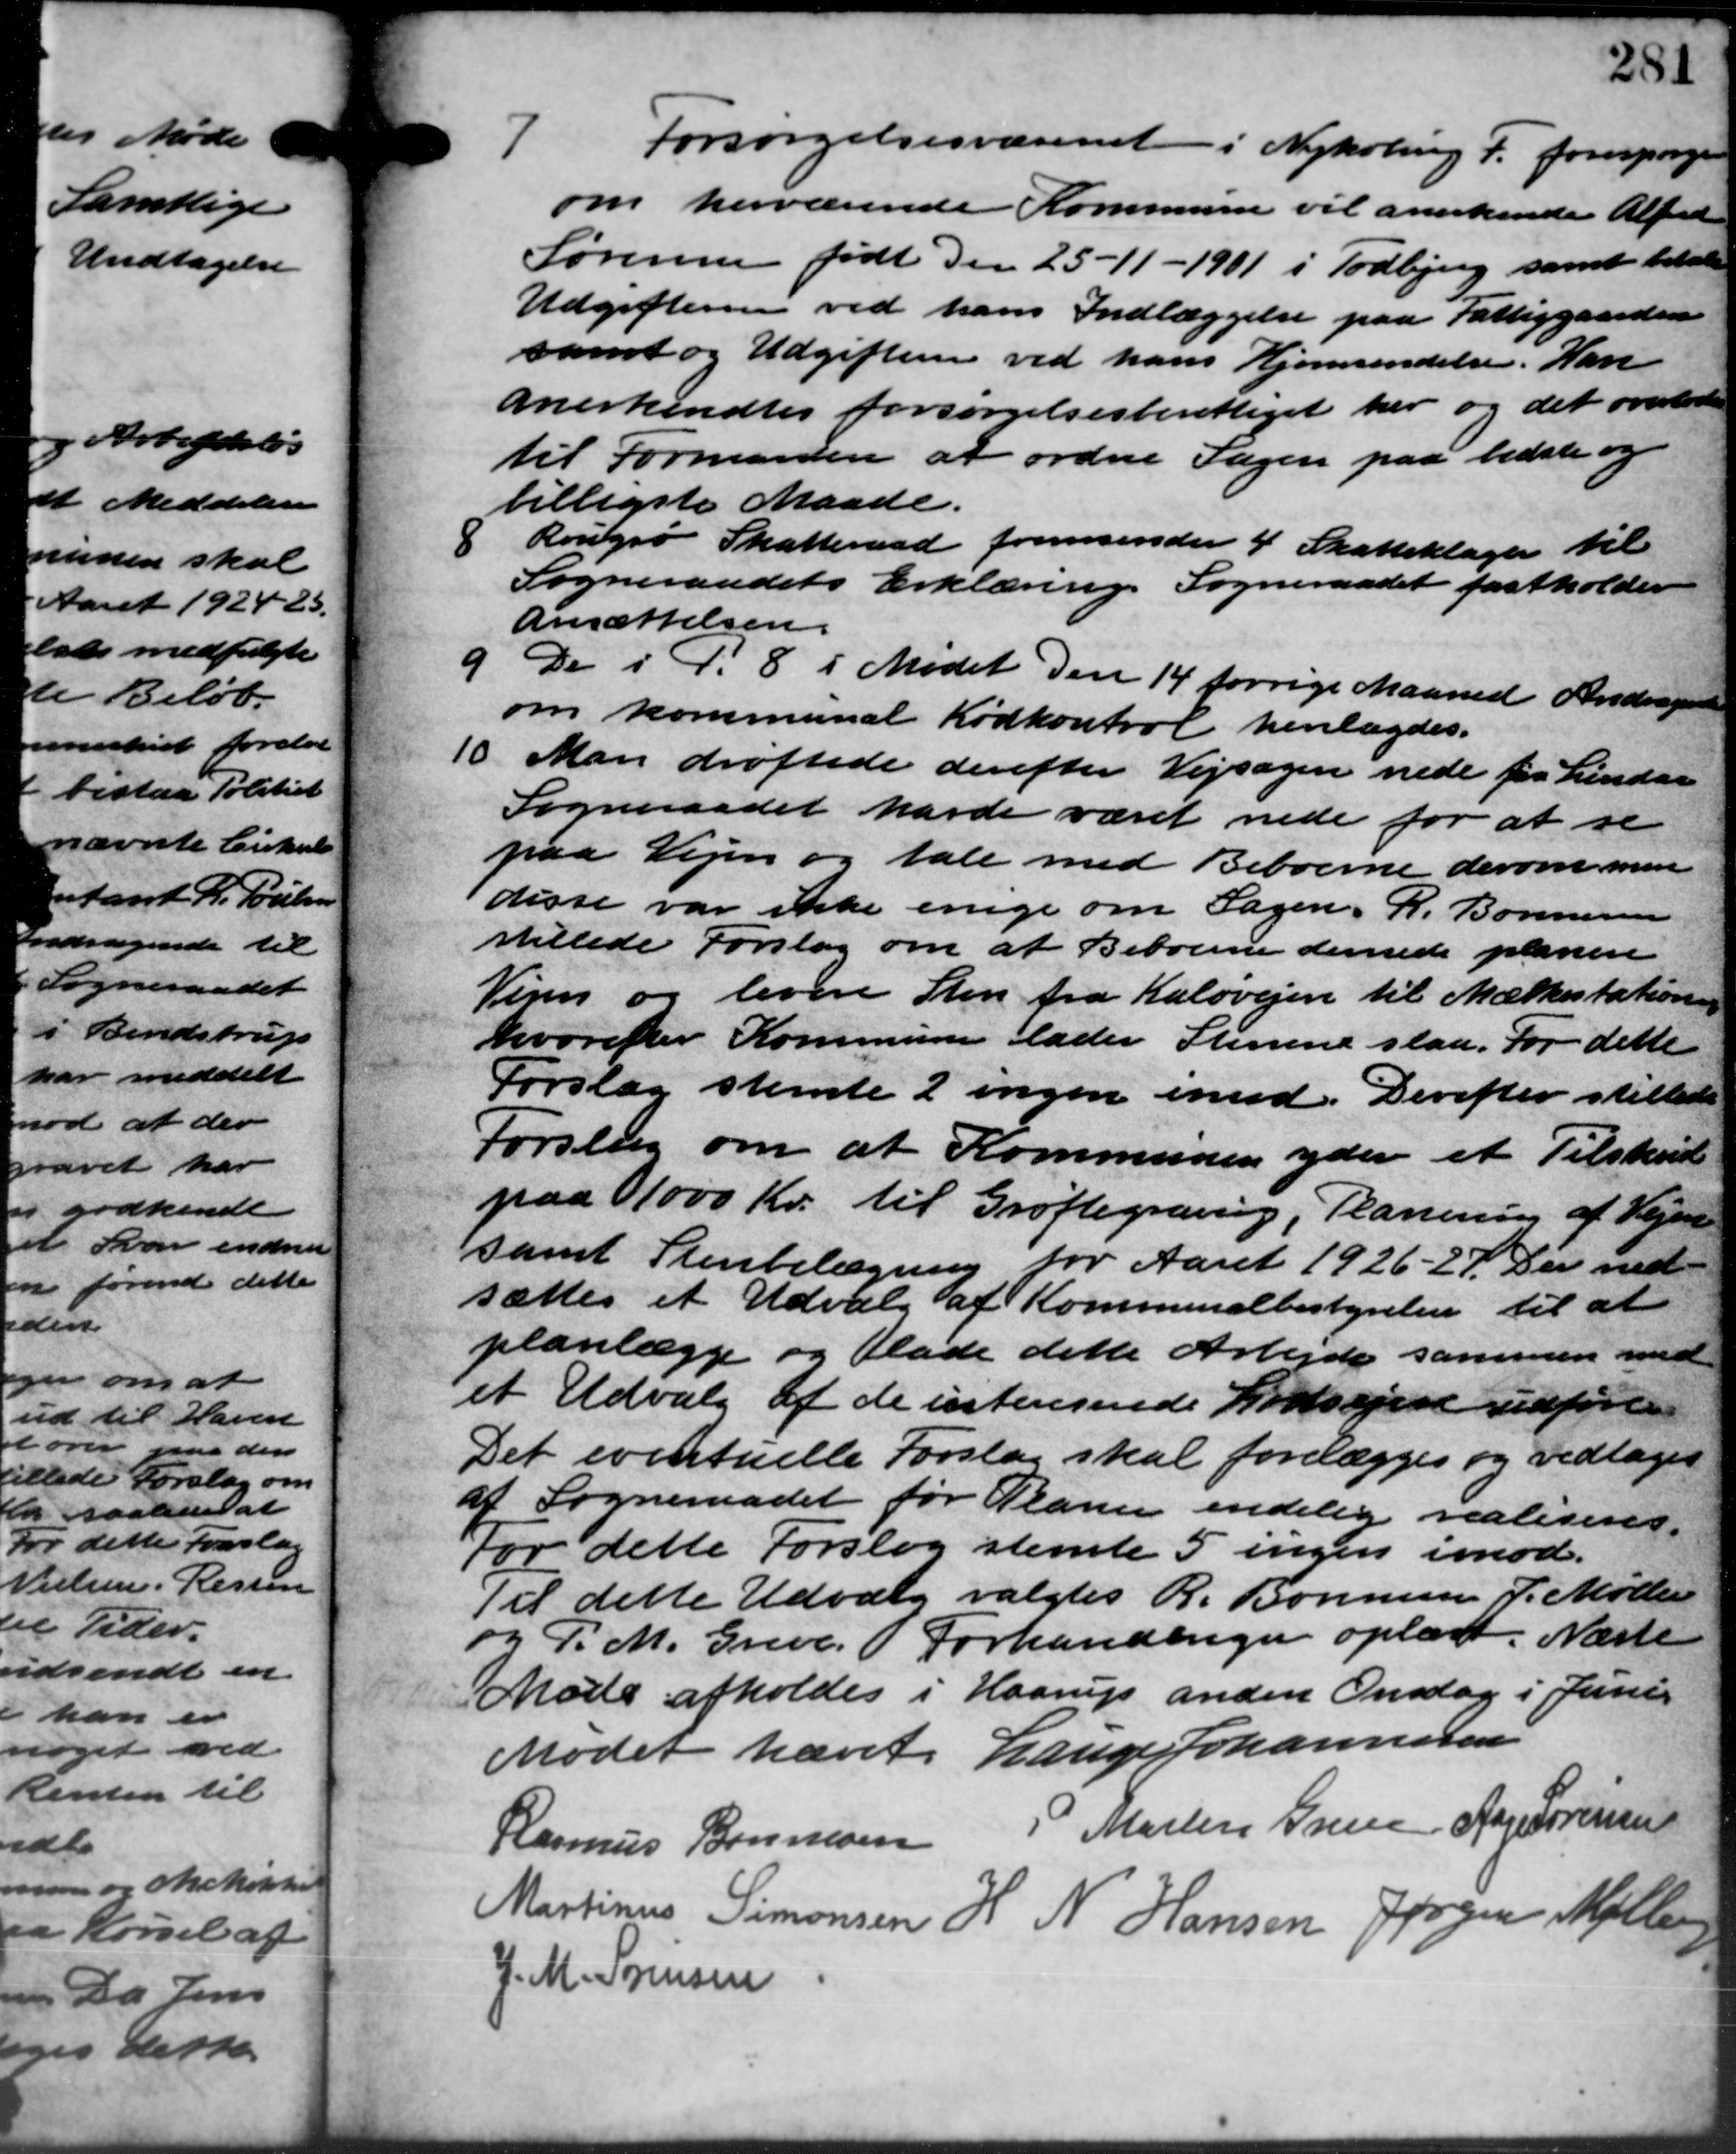
Transskription:
Forsørgelsesvæsenet i Nykøbing F. forespørger
om herværende Kommune vil anerkende Alfred
Sørensen født den 25 - 11 – 1901 i Todbjerg samt betale
Udgifterne ved hans Indlæggelse paa Fattiggaarden
samt og Udgiften ved hans Hjemsendelse. Han
anerkendtes forsørgelsesberettiget her og det overladtes
til Formanden at ordne Sagen paa bedste og
billigste Maade.

Rougsø Skatteraad fremsender 4 Skatteklager til
Sogneraadets Erklæring Sogneraadet fastholder
Ansættelsen.
9
De i P. 8 i Mødet den 14 forrige Maaned Andragende
om kommunal Kødkontrol henlagdes.
10 Man drøftede derefter Vejsagen nede fra Lindaa
10 Man drøftede derefter Vejsagen nede fra Lindaa
Sogneraadet havde været nede for at se
paa Vejen og tale med Beboerne derom men
disse var ikke enige om Sagen, R. Bonnesen
stillede Forslag om at Beboerne dernede planere
Vejen og levere Sten fra Kaløvejen til Mælkestation
hvorefter Kommunen lader Stenene slaa. For dette
Forslag stemte 2 ingen imod. Derefter stillede
Forslag om at Kommunen yder et Tilskud
paa 1000 Kr. til Grøftegraving, Planering af Vejen
samt Stenbelægning for Aaret 1926 - 27. Der ned-
sættes et Udvalg af Kommunalbestyrelsen til at
planlægge og Plade dette Arbejde sammen med
et Udvalg af de listeresende Lodsejen udførte
Det eventuelle Forslag skal forelægges og vedtoges
af Sogneraadet for Planer endelig realiseres.
For dette Forslag stemte 5 ingen imod.
Til dette Udvalg valgtes R. Bonnesen P. Møller
og P. M. Greve. Forhandlinger oplæst. Næste
Møde afholdes i Haarup anden Onsdag i Juni
Mødet hævet Lauge Johannesen
Rasmus Bonnesen
" Martin Gren Aage Sørensen
Martinus Simonsen H. N. Hansen Jørgen Møller
J. M. Sørensen